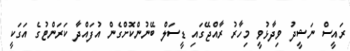
ރައީސް ނަޝީދު ވިދާޅުވީ މިހާރު ރާއްޖޭގައި ޑީސަލް ބޭނުންކޮށްގެން އުފައްދާ ކަރަންޓުގެ އަގަކީ